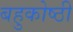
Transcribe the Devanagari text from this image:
बहुकोष्ठी